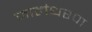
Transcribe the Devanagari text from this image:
जालंधरपा